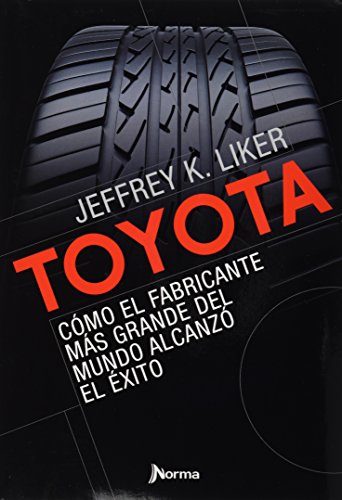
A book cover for Toyota: Como el Fabricante Mas Grande del Mundo Alcanzo el Exito = The Toyota Way (Spanish Edition); Jeffrey K. Liker; Business & Money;